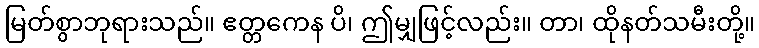
မြတ်စွာဘုရားသည်။ ဧတ္တကေန ပိ၊ ဤမျှဖြင့်လည်း။ တာ၊ ထိုနတ်သမီးတို့။